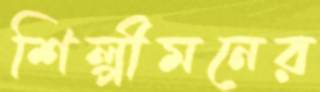
শিল্পীমনের